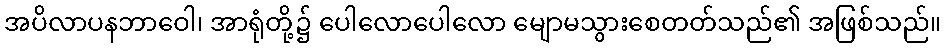
အပိလာပနဘာဝေါ၊ အာရုံတို့၌ ပေါလောပေါလော မျောမသွားစေတတ်သည်၏ အဖြစ်သည်။